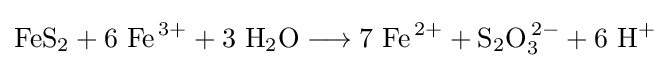
\mathrm {FeS_{2}+6\ Fe^{\,3+}+3\ H_{2}O\longrightarrow 7\ Fe^{\,2+}+S_{2}O_{3}^{\,2-}+6\ H^{+}}